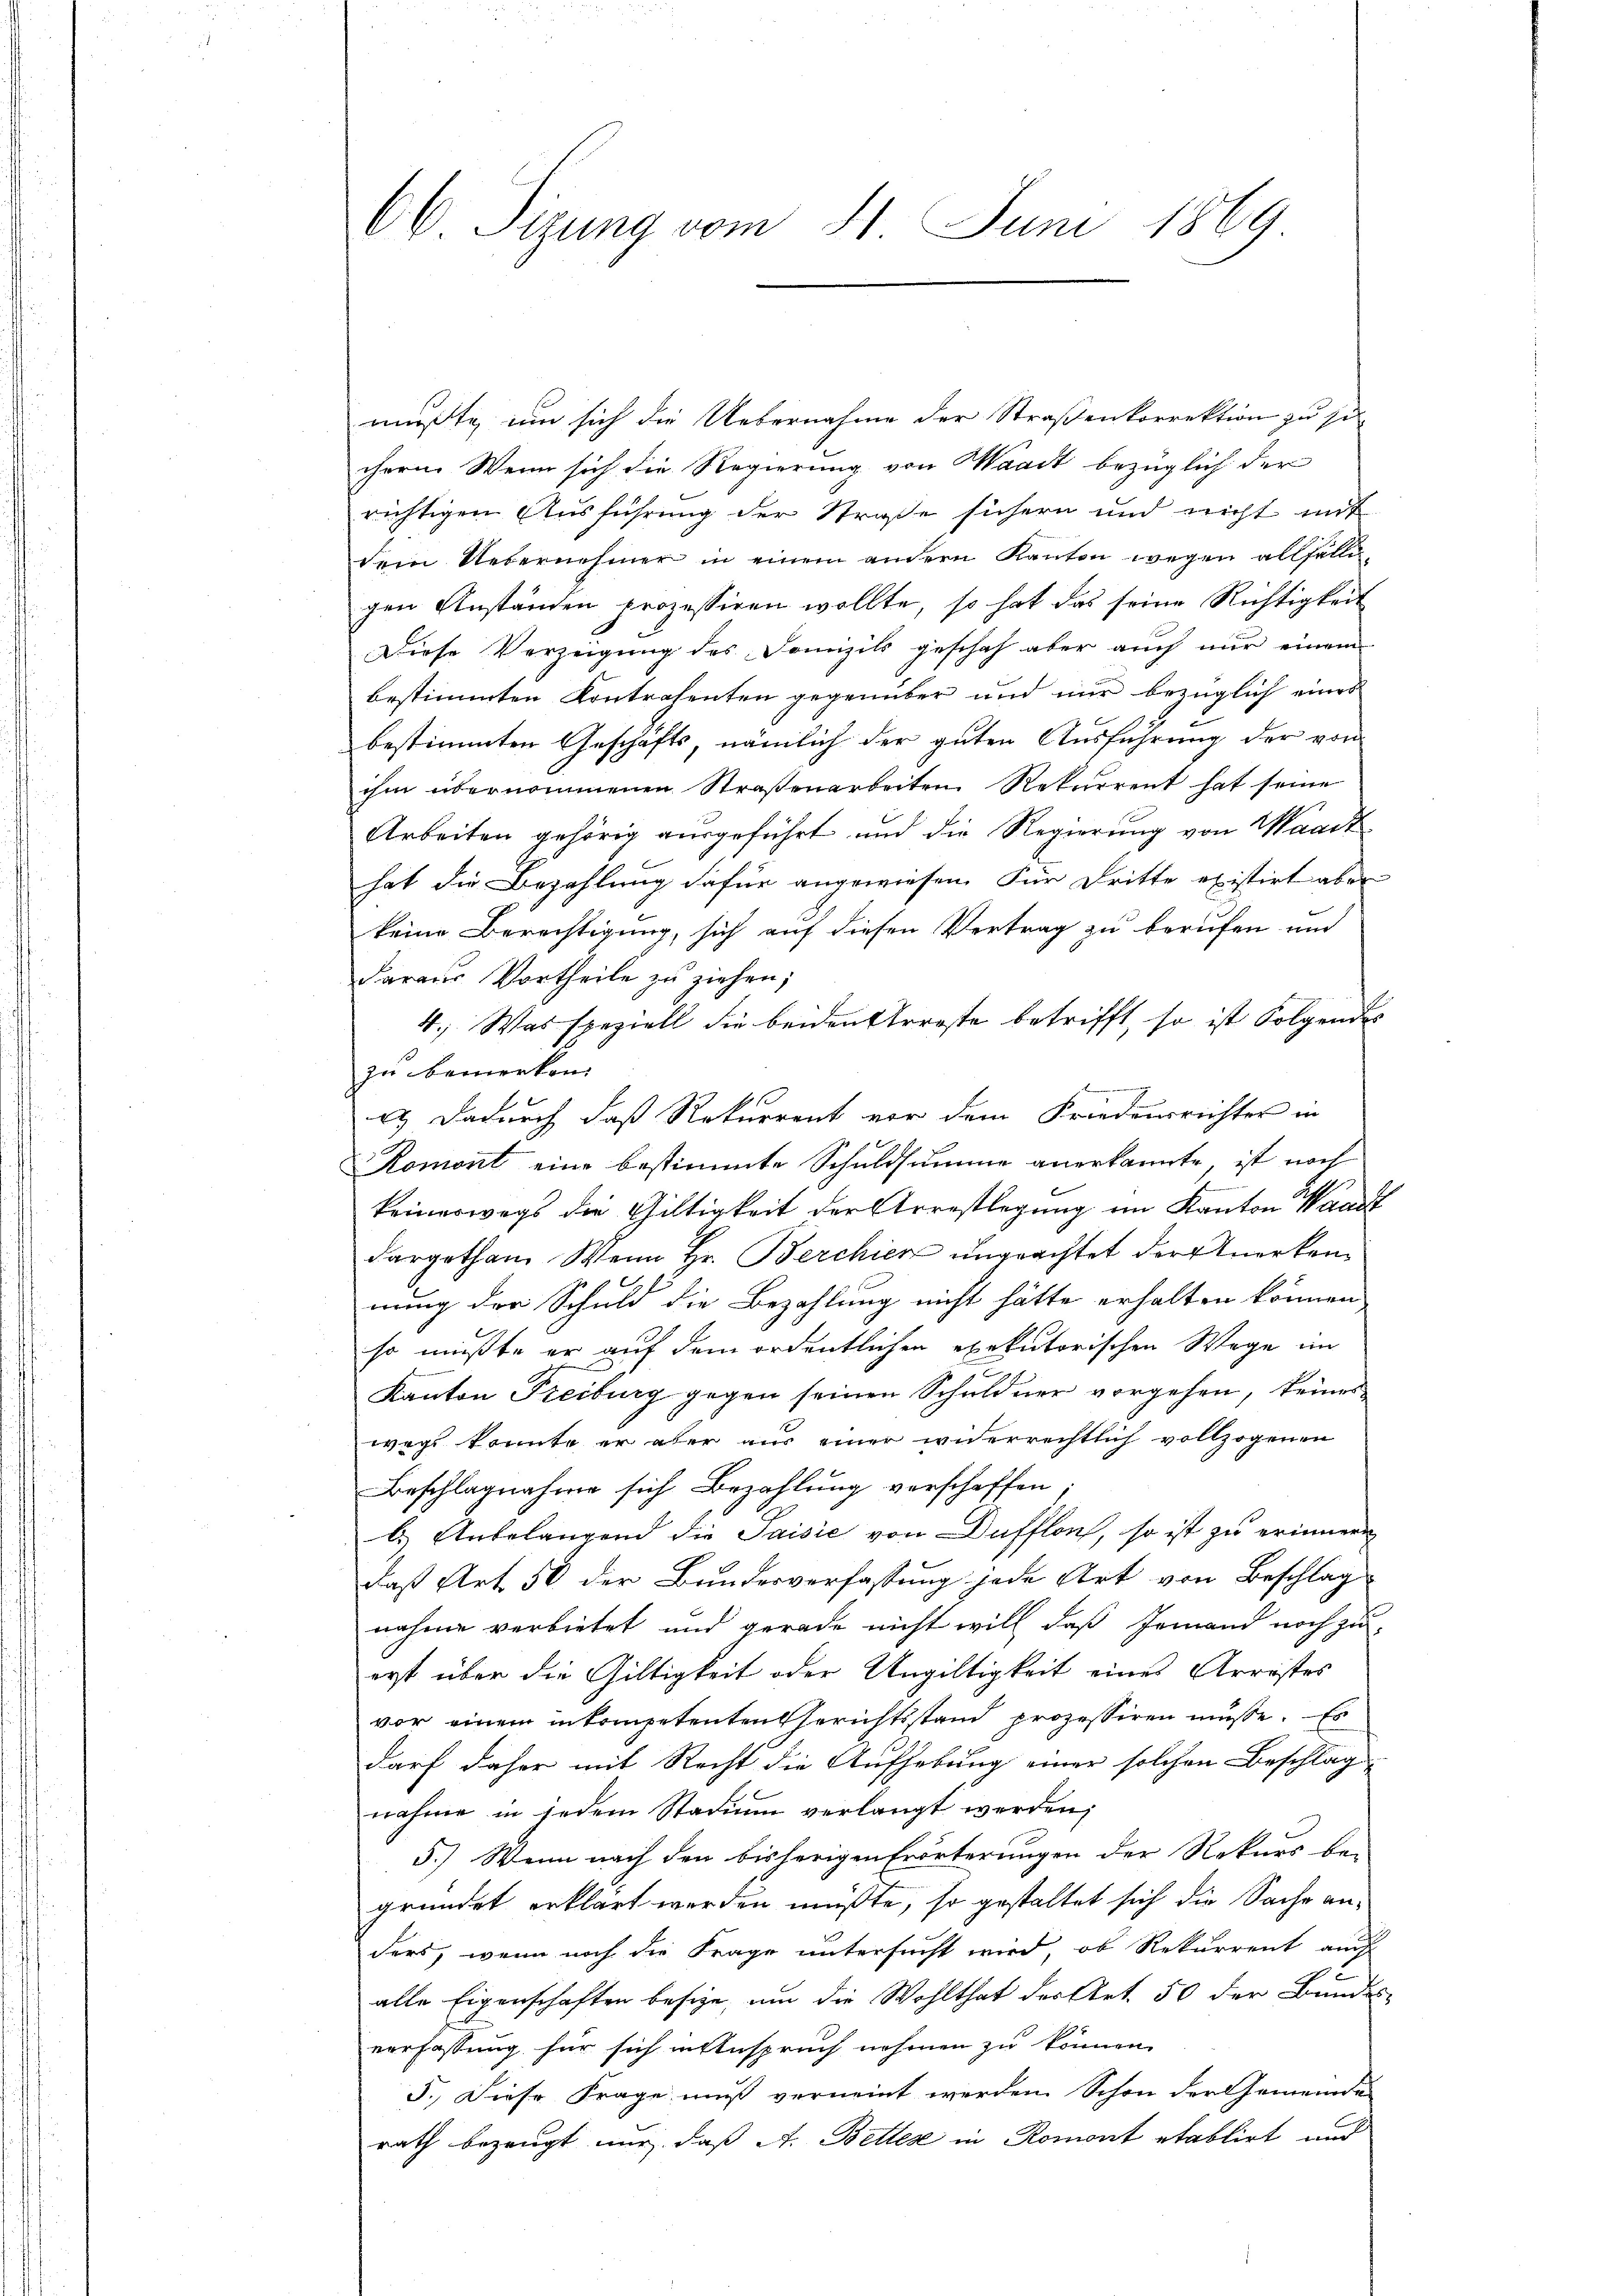
66 Sizung vom 11. Juni 1869

mußte, um sich die Uebernahme der Straßenkorrektion zu si
chern. Wenn sich die Regierung von Waadt bezüglich der
richtigen Ausführung der Straße sichern und nicht mit
Dein Uebernehmer in einem andern Kanton wegen allfälligen Anständen prozessiren wollte, so hat das seine Richtigkeit
Diese Verzeigung des Domizils geschah aber auch nur einem
bestimmten Kontrahenten gegenüber und nur bezüglich eines
bestimmten Geschäfts, nämlich der guten Ausführung der von
ihm übernommenen Straßenarbeiten Rekurrent hat seine
Arbeiten gehörig ausgeführt und die Regierung von Waadt
hat die Bezahlung dafür angewiesen. Für Dritte existirt aber
keine Berechtigung, sich auf diesen Vertrag zu berufen und
daraus Vortheile zu ziehen;
4.) Was speziell die beidensterste betrifft, so ist Folgendes
zu bemerken.
u. Dadurch daß Rekurrent vor dem Friedensrichter in
omont eine bestimmte Schuldsumme anerkannte, ist noch
E
keineswegs die Gültigkeit der Arrestlegung im Kanton Waadt
dargethan. Wenn Hr. Berchien ungeachtet der erkennung der Schuld die Bezahlung nicht hätte erhalten können,
so müßte er auf dem ordentlichen exekutorischen Wege im
Kanton Freiburg gegen seinen Schuldner vorgehen, keineswegs konnte er aber aus einer widerrechtlich vollzogenen
Beschlagnahme sich Bezahlung verschaffen;
b. Anbelangend die Saisie von Dufflon, so ist zu erinnern
daß Art. 50 der Bundesverfassung jede Art von Beschlag
nahme verbietet und gerade nicht will, daß Jemand noch zuerst über die Giltigkeit oder Ungültigkeit eines Arrestes
vor einem inkompetenten Gerichtsstand prozessiren müsse. Es
darf daher mit Recht die Aufhebung einer solchen Beschläg
nahme in jedem Stadium verlangt werden;
5.) Wenn nach den bisherigen Erörterungen der Rekurs be-
gründet erklärt werden müßte, so gestaltet sich die Sache anders, wenn noch die Frage untersucht wird, ob Rekurrent auch
alle Eigenschaften besize, um die Wohlthat der Art. 50 der Bundes-
verfassung für sich in Anspruch nehmen zu können.
5.) Diese Frage muß verneint werden Schon der Gemeinden
rath bezeugt nur, daß A. Bettes in Romont etablirt und